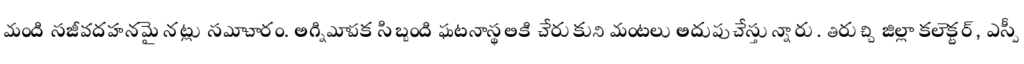
మంది సజీవదహనమైనట్లు సమాచారం. అగ్నిమాపక సిబ్బంది ఘటనాస్థలికి చేరుకుని మంటలు అదుపుచేస్తున్నారు. తిరుచ్చి జిల్లా కలెక్టర్, ఎస్పీ